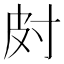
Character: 𱚟